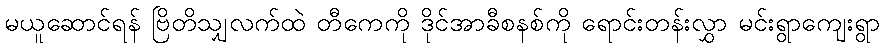
မယူဆောင်ရန် ဗြိတိသျှလက်ထဲ တီကေကို ဒိုင်အာခီစနစ်ကို ရောင်းတန်းလွှာ မင်းရွာကျေးရွာ